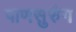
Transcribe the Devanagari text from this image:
पाणसुरुंग